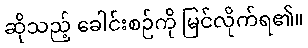
ဆိုသည့် ခေါင်းစဉ်ကို မြင်လိုက်ရ၏။